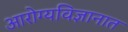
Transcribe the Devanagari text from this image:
आरोग्यविज्ञानात